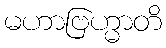
မဟာဗြဟ္မာတိ